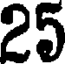
25